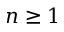
n \geq 1